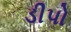
ડીપો